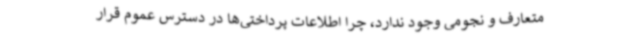
متعارف و نجومی وجود ندارد، چرا اطلاعات پرداختی‌ها در دسترس عموم قرار